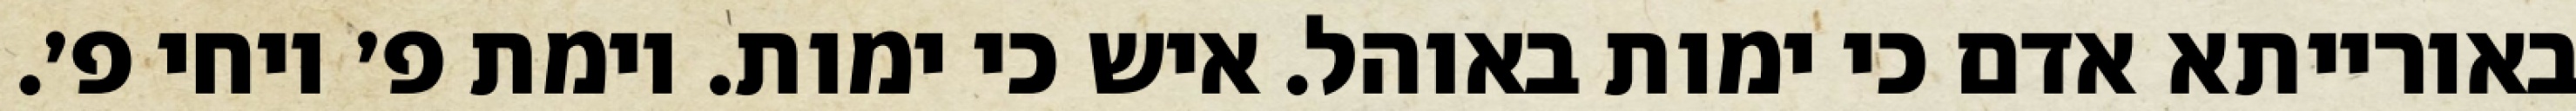
באורייתא אדם כי ימות באוהל. איש כי ימות. וימת פ׳ ויחי פ׳.